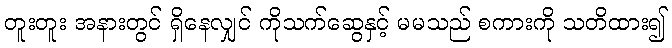
တူးတူး အနားတွင် ရှိနေလျှင် ကိုသက်ဆွေနှင့် မမသည် စကားကို သတိထား၍